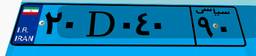
۵۴D۰۳۴۲۳